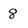
Character: 8